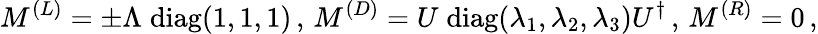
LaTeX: M^{(L)}=\pm\Lambda\; \mathrm{diag}(1,1,1)\, ,\, M^{(D)}=U\; \mathrm{diag}(\lambda_{1},\lambda_{2},\lambda_{3})U^{\dagger}\, ,\, M^{(R)}=0\, ,